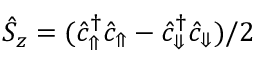
\hat { S } _ { z } = ( \hat { c } _ { \Uparrow } ^ { \dagger } \hat { c } _ { \Uparrow } - \hat { c } _ { \Downarrow } ^ { \dagger } \hat { c } _ { \Downarrow } ) / 2